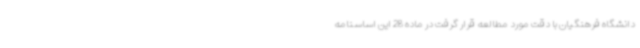
دانشگاه فرهنگیان با دقت مورد مطالعه قرار گرفت در ماده 28 این اساسنامه